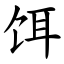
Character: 饵